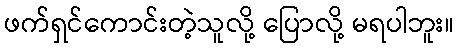
ဖက်ရှင်ကောင်းတဲ့သူလို့ ပြောလို့ မရပါဘူး။